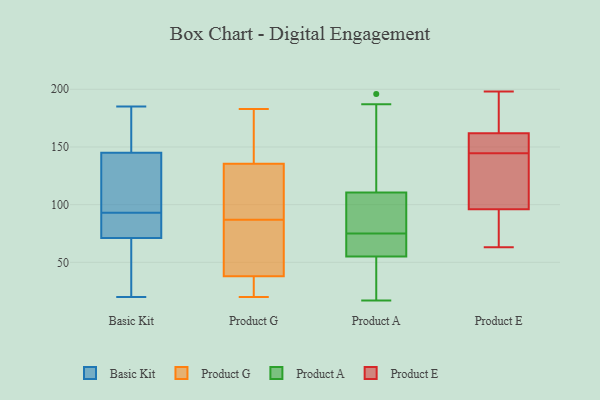
{"axis": {"x": "Conversion Rate (%)", "y": "Value"}, "legend": ["Basic Kit", "Product A", "Product E", "Product G"], "data": [{"x": "", "y": 20, "type": "Basic Kit"}, {"x": "", "y": 78, "type": "Basic Kit"}, {"x": "", "y": 179, "type": "Basic Kit"}, {"x": "", "y": 185, "type": "Basic Kit"}, {"x": "", "y": 82, "type": "Basic Kit"}, {"x": "", "y": 68, "type": "Basic Kit"}, {"x": "", "y": 109, "type": "Basic Kit"}, {"x": "", "y": 113, "type": "Basic Kit"}, {"x": "", "y": 89, "type": "Basic Kit"}, {"x": "", "y": 180, "type": "Basic Kit"}, {"x": "", "y": 181, "type": "Basic Kit"}, {"x": "", "y": 97, "type": "Basic Kit"}, {"x": "", "y": 145, "type": "Basic Kit"}, {"x": "", "y": 71, "type": "Basic Kit"}, {"x": "", "y": 44, "type": "Basic Kit"}, {"x": "", "y": 77, "type": "Basic Kit"}, {"x": "", "y": 123, "type": "Basic Kit"}, {"x": "", "y": 48, "type": "Basic Kit"}, {"x": "", "y": 29, "type": "Product G"}, {"x": "", "y": 128, "type": "Product G"}, {"x": "", "y": 20, "type": "Product G"}, {"x": "", "y": 183, "type": "Product G"}, {"x": "", "y": 171, "type": "Product G"}, {"x": "", "y": 80, "type": "Product G"}, {"x": "", "y": 65, "type": "Product G"}, {"x": "", "y": 138, "type": "Product G"}, {"x": "", "y": 87, "type": "Product G"}, {"x": "", "y": 113, "type": "Product G"}, {"x": "", "y": 24, "type": "Product G"}, {"x": "", "y": 103, "type": "Product A"}, {"x": "", "y": 17, "type": "Product A"}, {"x": "", "y": 112, "type": "Product A"}, {"x": "", "y": 56, "type": "Product A"}, {"x": "", "y": 52, "type": "Product A"}, {"x": "", "y": 17, "type": "Product A"}, {"x": "", "y": 80, "type": "Product A"}, {"x": "", "y": 57, "type": "Product A"}, {"x": "", "y": 158, "type": "Product A"}, {"x": "", "y": 110, "type": "Product A"}, {"x": "", "y": 65, "type": "Product A"}, {"x": "", "y": 75, "type": "Product A"}, {"x": "", "y": 21, "type": "Product A"}, {"x": "", "y": 187, "type": "Product A"}, {"x": "", "y": 196, "type": "Product A"}, {"x": "", "y": 70, "type": "Product A"}, {"x": "", "y": 80, "type": "Product A"}, {"x": "", "y": 110, "type": "Product E"}, {"x": "", "y": 149, "type": "Product E"}, {"x": "", "y": 63, "type": "Product E"}, {"x": "", "y": 174, "type": "Product E"}, {"x": "", "y": 184, "type": "Product E"}, {"x": "", "y": 198, "type": "Product E"}, {"x": "", "y": 96, "type": "Product E"}, {"x": "", "y": 150, "type": "Product E"}, {"x": "", "y": 143, "type": "Product E"}, {"x": "", "y": 87, "type": "Product E"}, {"x": "", "y": 146, "type": "Product E"}, {"x": "", "y": 96, "type": "Product E"}]}